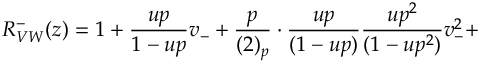
R _ { V W } ^ { - } ( z ) = 1 + \frac { u p } { 1 - u p } v _ { - } + \frac { p } { ( 2 ) _ { p } } \cdot \frac { u p } { ( 1 - u p ) } \frac { u p ^ { 2 } } { ( 1 - u p ^ { 2 } ) } v _ { - } ^ { 2 } +